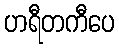
ဟရီတကီပေ